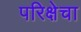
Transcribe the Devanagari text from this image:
परिक्षेचा